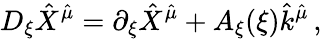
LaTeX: D_{\xi}\hat{X}^{\hat{\mu}}=\partial_{\xi}\hat{X}^{\hat{\mu}}+A_{\xi}(\xi)\hat{k}^{\hat{\mu}}\, ,